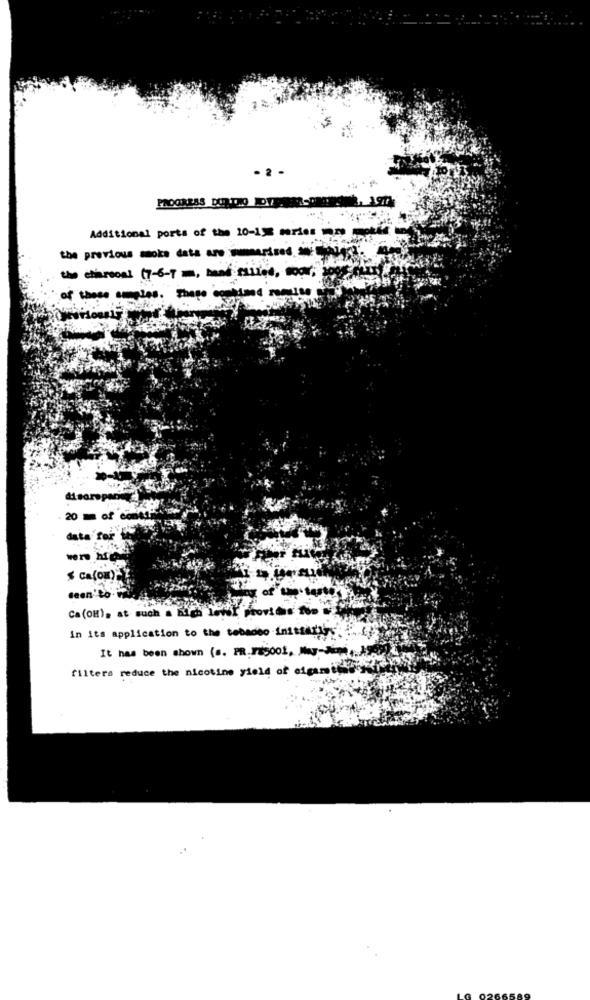
-2 -
PAOGREAS DORTHO OVER
Additional ports of the 10-1% meries mm moti
the chersoni 17-6-7 =, band ELLOS, COPY;
disorsper
20 m of cont!
data for"
% ca(om)-Z
Geen'to.
Ca (OH), at such a high level provides foot
in its application to the tebadeo initiallys
It has been shown (s. PR.FE5001, -.. 45
filters reduce the nicotine yield of cigarsilky